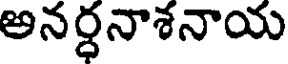
అనర్ధనాశనాయ